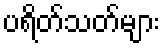
ပရိတ်သတ်များ